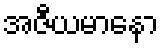
အဇီယမာနော